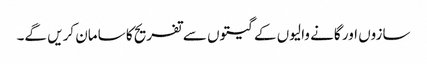
سازوں اور گانے والیوں کے گیتوں سے تفریح کا سامان کریں گے۔